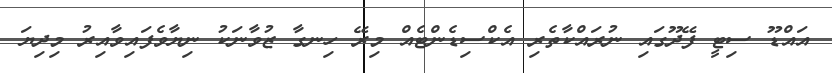
އައްޑޫ ސިޓީ ފޭދޫގައި ނުރައްކާތެރި އެކްސިޑެންޓެއް މިރޭ ހިނގާ ޒުވާނަކު ނިޔާވެފައިވާއިރު މިދިޔަ